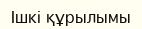
Ішкі құрылымы